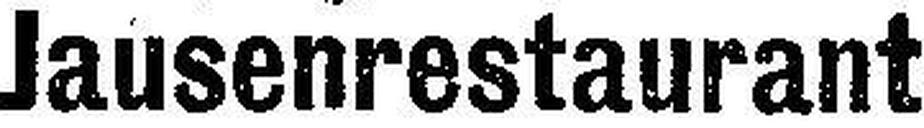
Jausenrestaurant